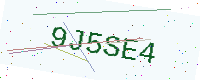
Text: 9J5SE4